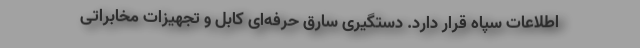
اطلاعات سپاه قرار دارد. دستگیری سارق حرفه‌ای کابل و تجهیزات مخابراتی